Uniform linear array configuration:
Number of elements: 32
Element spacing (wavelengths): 1
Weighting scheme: uniform
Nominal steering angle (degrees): -45
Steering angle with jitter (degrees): -43.8
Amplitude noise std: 0.05
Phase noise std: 0.05

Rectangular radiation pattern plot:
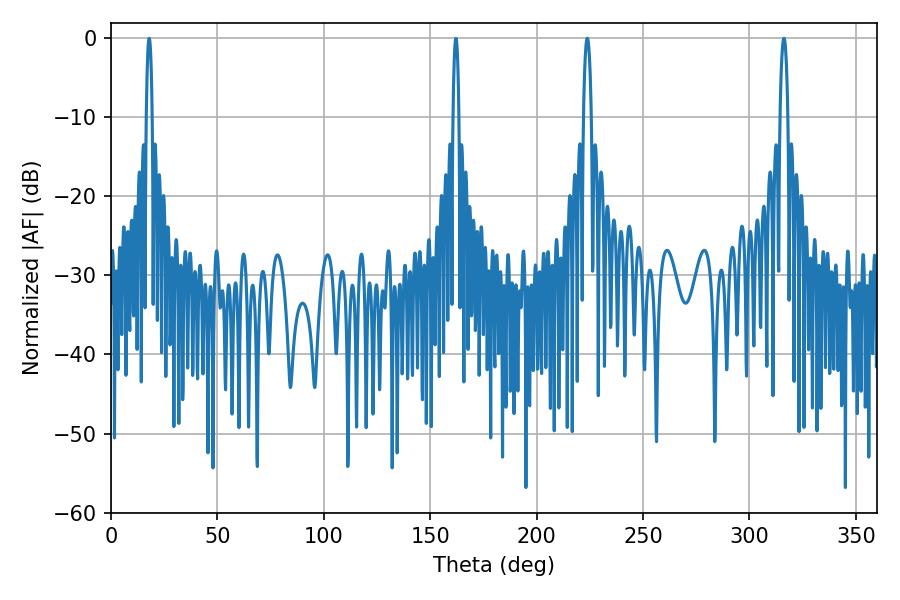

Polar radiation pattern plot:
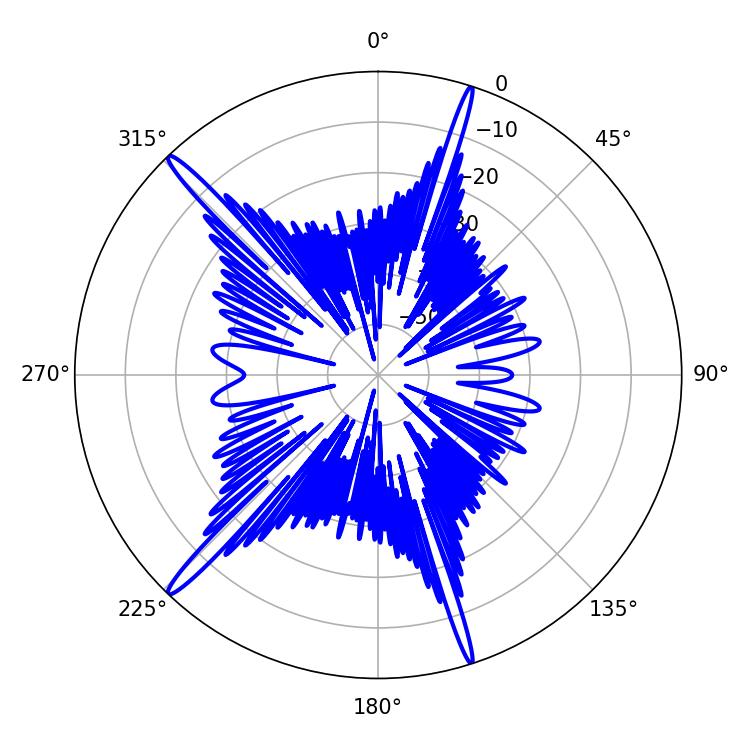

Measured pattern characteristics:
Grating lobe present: TRUE
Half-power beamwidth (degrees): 1.98
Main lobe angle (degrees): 223.74